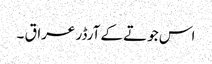
اس جوتے کے آرڈر عراق ۔